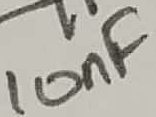
Text: 10nF